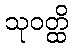
သုဝတ္ထိ